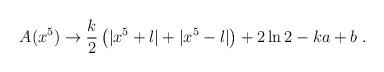
LaTeX: \begin{align*}A(x^5) \rightarrow \frac{k}{2}\left(|x^5+l|+|x^5-l|\right) +2\ln 2-ka+b \; .\end{align*}